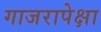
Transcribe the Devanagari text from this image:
गाजरापेक्षा